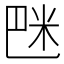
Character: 𥸿